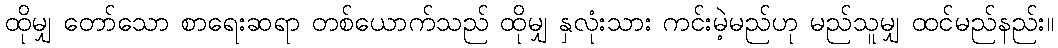
ထိုမျှ တော်သော စာရေးဆရာ တစ်ယောက်သည် ထိုမျှ နှလုံးသား ကင်းမဲ့မည်ဟု မည်သူမျှ ထင်မည်နည်း။